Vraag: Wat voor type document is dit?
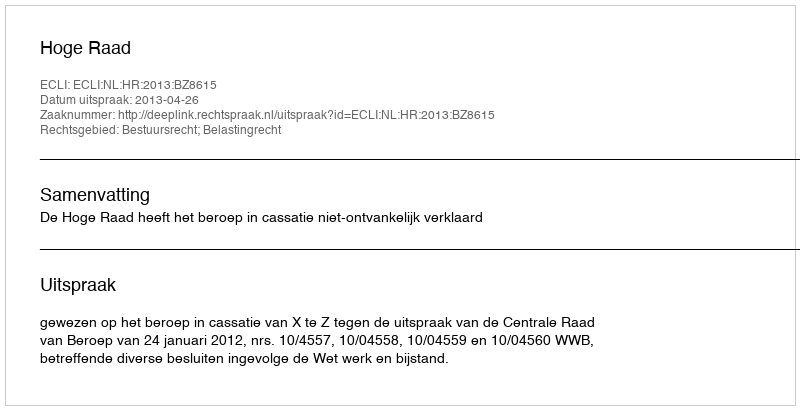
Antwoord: Uitspraak